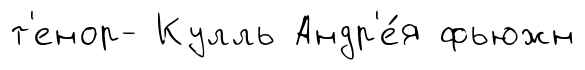
т'енор- Кулль Андр'е́я фьюжн